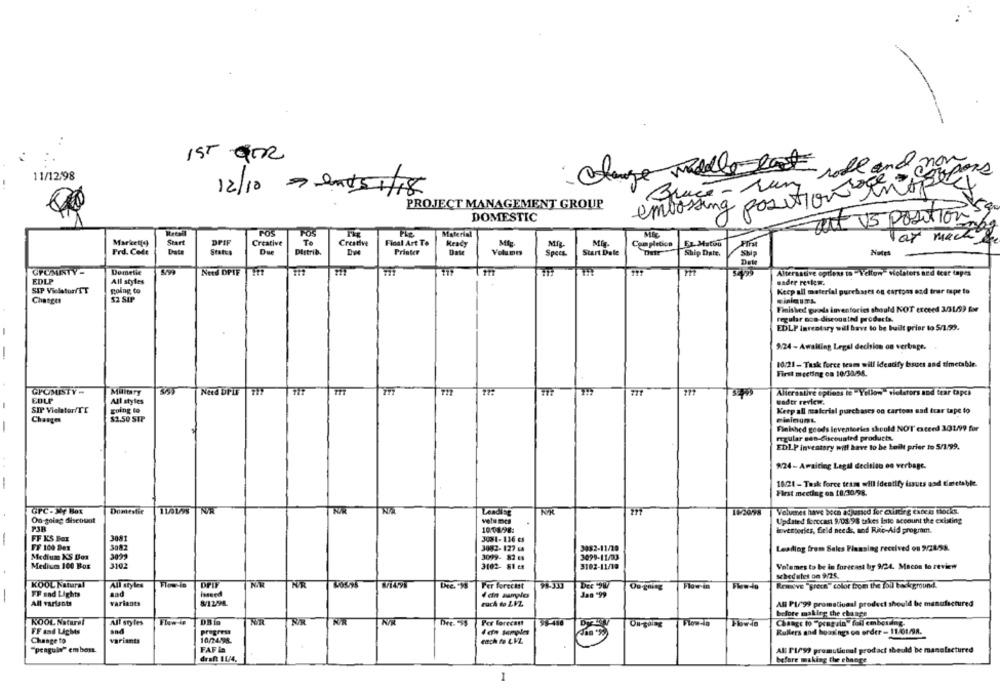
IST QTR
Bruce -run roll and nor
11/12/98
change midle east
12/10 - end51/18
ng position inte
PROJECT MANAGEMENT GROUP
embossing
DOMESTIC
But V5 position Sq
Iteesal
Material
Start
DPIF
Creative
Te
Creative
Final Art To
Ready
Mig
Mir.
ar macht
Completion
FL. Matou
Prd. Code
Date
States
Due
Distrib.
Printer
Date
Spees
Start Date
Ship Date.
Notes
GPUMINTY-
Dometic
Netd DPIE
Alternative options to "Yellon-Motaters and Icar tapes
EDLP
All styles
wader retkm.
SIP Violator/TT
going to
Keep all material purchases on cartons end truer tape to
Changes
$2 SIP
Finished guarda inventories should NOT exceed 301/93 for
regular nos discounted products.
EDLP Inreatury will have to be built prior to 5/1.59.
9:24 - Awalling Legal decision on verbage.
10:21 - Task force team will identify Issues and timetable.
First meeting ca 10/30/34.
GIOMISTY-
Military
Need DILE
Alterastive options le - Yellow- violators and tear tapes
EDLO
All styles
wadtr review.
going to
SIP Vielator/TE
Keep all material purchases on cartons nad trar tape to
Charges
$2.50 STP
eininuns.
-
Finished goods leventories should NOT exceed 301/99 for
rular sen-discounted products.
EDLP inventory will have to be built prier to 5/199.
824 - Awaiting Legal decision on verbage.
18/21 - Task force tesse will identify issues and timetable.
First meeting on 18/30/98.
Domestic
FOR
182098
Volveres have bech adjusted ler existirg ExDes Hocks.
On-going discount
Updated forccast 9/08.98 takes into account the existing
tivertories, field needs, and Riic-Aid program.
FF KS Box
3081
3001-116 es
FF 100 Dex
3082-127 6a
3082-11/20
Leading from Sales Planning received on 9/28.58.
3082
Medium KS Dos
3099- 82 es
3099-11/03
Medium 100 Box
3102
3102- 81 es
3102-11/18
Volumes to be in forecast by 9/24. Macos to review
schedules om 9/25.
KOOL Natural
All styles
Flow in
Per forecast
Det 9W
Flow in
Remove "green" color bom the lall background.
FF and Lights
aad
issued
Jan -99
variants
8/12/98
ruch do LFZ
AN PL/99 promotional product should be manufactured
All variants
before making the change
KOOL Naturel
All styles
Flow-ie
Per forecast
Flow-in
Change to "poagain" foll embossing.
progress
Rullers and hoaxings on order - 11/01/98.
FF and Lights
Change to
variants
10/24.98.
each to LVL.
"pengula" embas.
FAF in
All PL/99 premutiunal prodact should be manufactured
draft 11/4.
before making the ebange